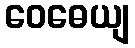
ဝေဓေယျ